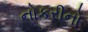
નોકરીનો